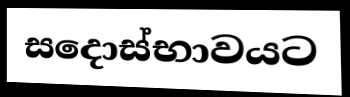
සදොස්භාවයට